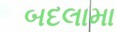
બદલામા